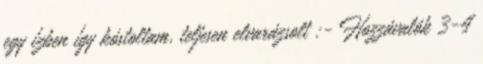
egy ízben így kóstoltam, teljesen elvarázsolt :- Hozzávalók 3-4